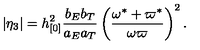
| \eta _ { 3 } | = h _ { [ 0 ] } ^ { 2 } \frac { b _ { E } b _ { T } } { a _ { E } a _ { T } } \left( \frac { \omega ^ { \ast } + \varpi ^ { \ast } } { \omega \varpi } \right) ^ { 2 } .